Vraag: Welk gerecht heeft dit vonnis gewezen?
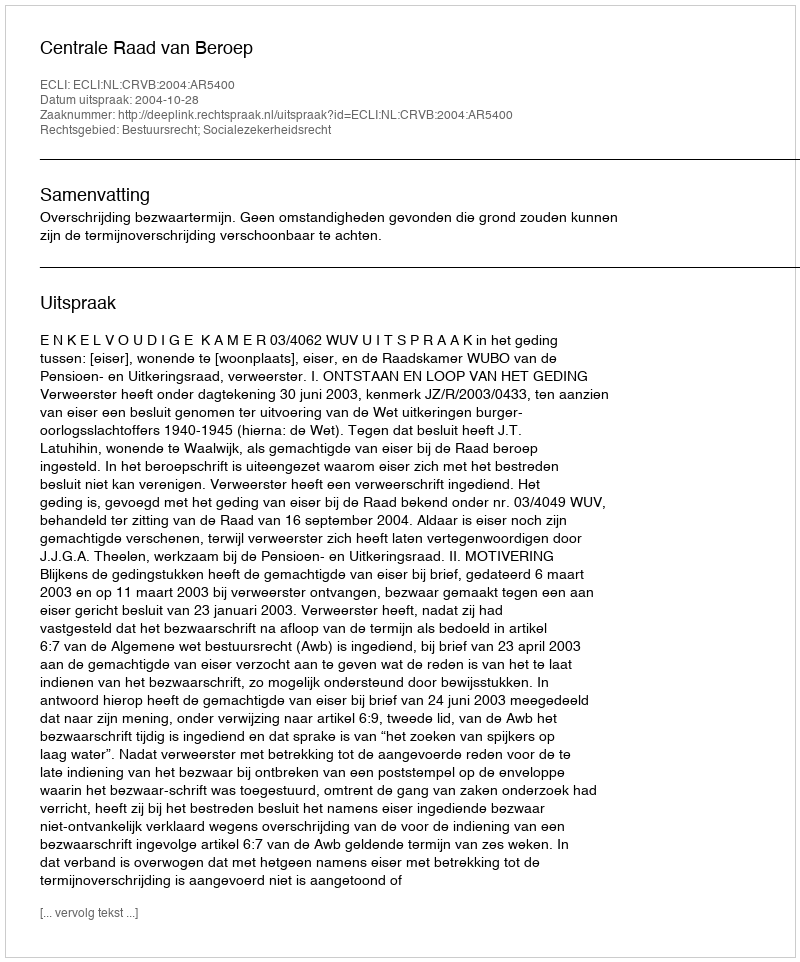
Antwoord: Centrale Raad van Beroep